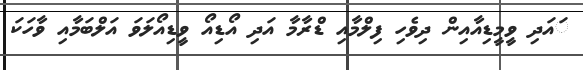
ައަދި ވީމީޑިއާއިން ދިވެހި ފިލްމާއި ޑްރާމާ އަދި އޯޑިއޯ ވީޑިއޯލަވަ އަލްބަމާއި ވާހަކަ